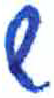
אות: ש